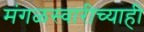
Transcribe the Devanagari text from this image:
मंगळस्वारीच्याही